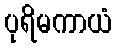
ပုရိမကာယံ